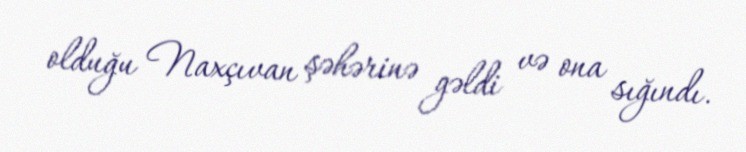
olduğu Naxçıvan şəhərinə gəldi və ona sığındı.